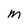
Character: M